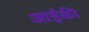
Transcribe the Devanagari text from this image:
आईकी